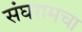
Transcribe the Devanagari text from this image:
संघरामचा